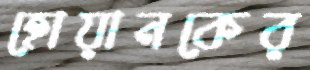
হোয়ানকের